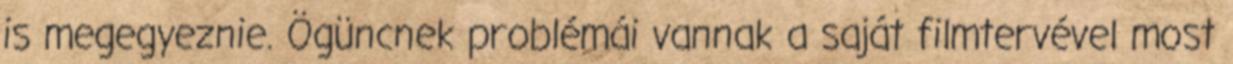
is megegyeznie. Ögüncnek problémái vannak a saját filmtervével most